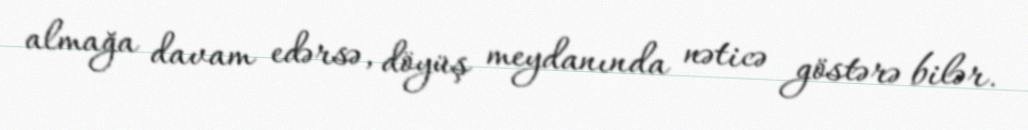
almağa davam edərsə, döyüş meydanında nəticə göstərə bilər.